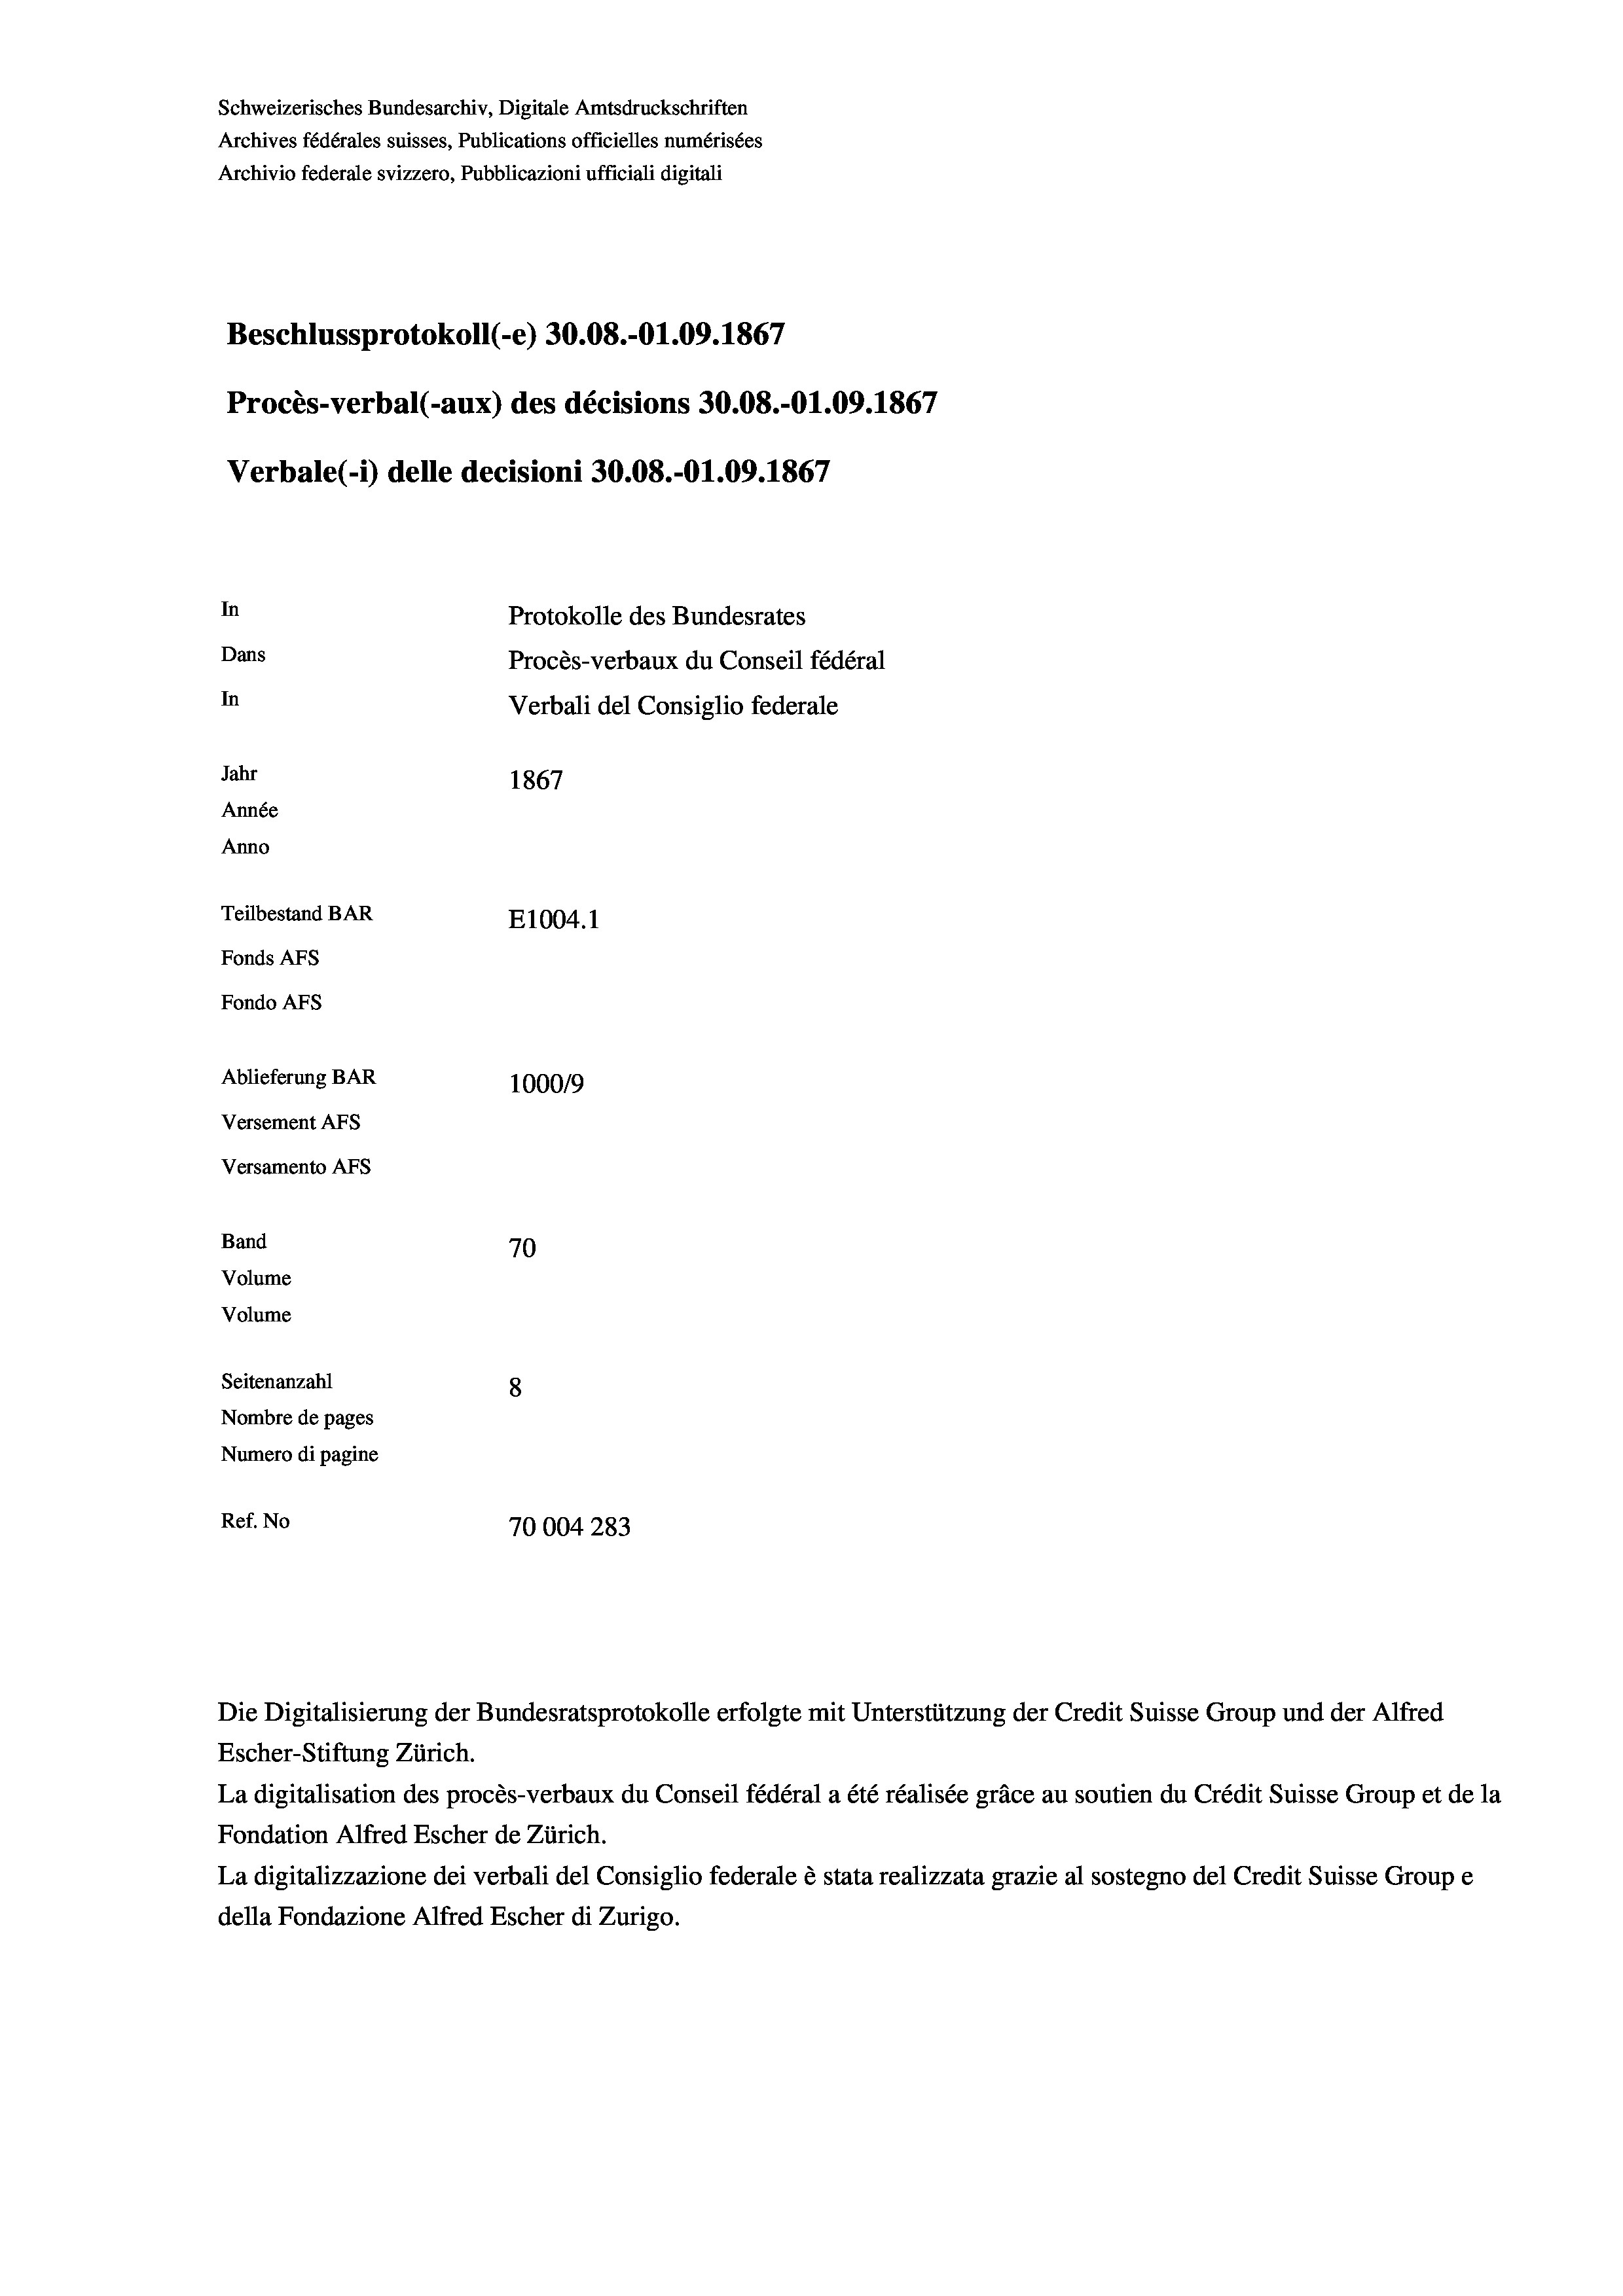
Schweizerisches Bundesarchiv, Digitale Amtsdruckschriften
Archives fédérales suisses, Publications officielles numérisées
Archivio federale svizzero, Pubblicazioni ufficiali digitali
Beschlussprotokoll (-e) 30.08.-01.09. 1867
Procès-verbal (-aux) des décisions 30.08.-O1.09. 1867
Verbale(*) delle decisioni 30.08.-O1.09. 1867
In
Protokolle des Bundesrates
Dans
Procès-verbaux du Conseil fédéral
In
Verbali del Consiglio federale
Jahr
1867
Année
Anno
Teilbestand BAR
E1004.1
Fonds AFs
Fondo AFs
Ablieferung BAR
100019
Versement AFs
Versamento AFs
Band
70
Volume
Volume
Seitenanzahl
8
Nombre de pages
Numero di pagine
Ref. No
70004283

La digitalisation des procès-verbaux du Conseil fédéral a été réalisée gräce au soutien du Crédit Suisse Group et de la
Fondation Alfred Escher de Zürich.
La digitalizzazione dei verbali del Consiglio federale è stata realizzata grazie al sostegno del Credit Suisse Groupe
della Fondazione Alfred Escher di Zurigo.

Die Digitalisierung der Bundesratsprotokolle erfolgte mit Unterstützung der Credit Suisse Group und der Alfred
Escher-Stiftung Zürich.